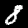
Label: 8